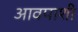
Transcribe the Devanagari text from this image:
आवपाशी